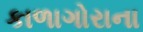
કાળાગોરાના